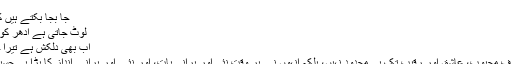
یا یوں کہیے:
جا بجا بکتے ہیں کوچہ و بازار میں جسم
لوٹ جاتی ہے اُدھر کو بھی نظر، کیا کیجیے
اب بھی دلکش ہے تیرا حُسن، مگر کیا کیجیے
فیض کا یہ اسلوب صرف محبوب، عاشق اور رقیب تک ہی محدود نہیں، بلکہ انہوں نے ہر وقت نئی اور پرانی بات، اور نئے اور پرانے انداز کا بڑا ہی حسین امتزاج پیش کیا ہے۔